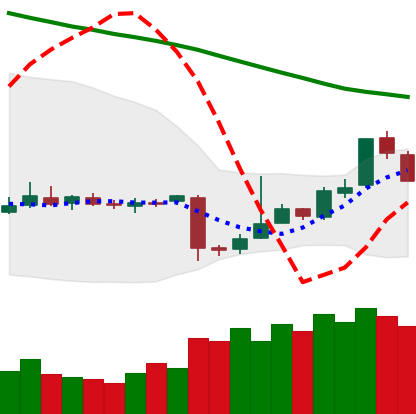
Ticker: EOS-USD
Chart end date: 2018-11-08
Forward return: -5.059%
Label: down_5_7